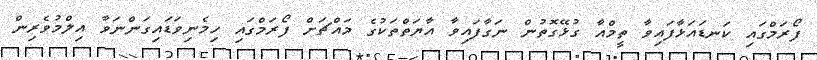
ފޯރަމްގައި ކަނޑައަޅާފައިވާ ތީމްއާ ގުޅޭގޮތުން ނަގާފައިވާ އާޔަތްތަކުގެ މައްޗަށް ފޯރަމްގައި ހިމެނިވަޑައިގަންނަވާ އިލްމުވެރިން